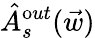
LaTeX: \hat{A}_{s}^{\mathrm out}(\vec{w})